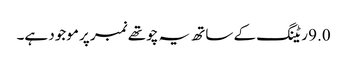
9.0 ریٹنگ کے ساتھ یہ چوتھے نمبر پر موجود ہے۔